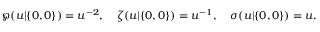
\wp ( u | \{ 0 , 0 \} ) = u ^ { - 2 } , \quad \zeta ( u | \{ 0 , 0 \} ) = u ^ { - 1 } , \quad \sigma ( u | \{ 0 , 0 \} ) = u .